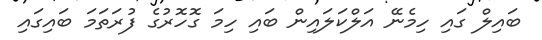
ބައިލް ގައި ހިމެނޭ އަލްކަަލައިން ބައި ހިމަ ގޮހޮރުގެ ފުރަތަމަ ބައިގައި